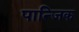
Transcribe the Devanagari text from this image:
पान्जिक